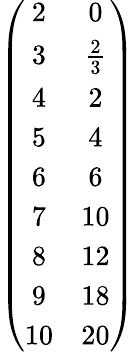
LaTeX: \begin{array}{r}{\left(\begin{array}{cc}{2}&{0}\\ {3}&{\frac{2}{3}}\\ {4}&{2}\\ {5}&{4}\\ {6}&{6}\\ {7}&{10}\\ {8}&{12}\\ {9}&{18}\\ {10}&{20}\end{array}\right)}\end{array}